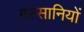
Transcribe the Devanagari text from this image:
गस्सानियों